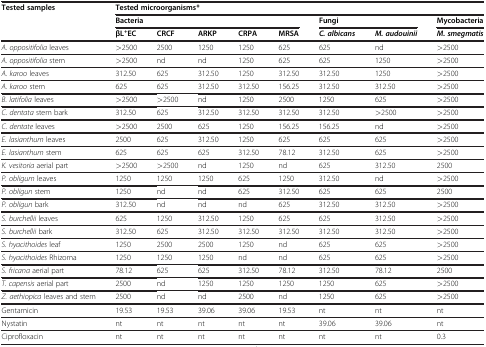
<table><thead><tr><td><b>Tested samples</b></td><td colspan="8"><b>Tested microorganisms*</b></td></tr><tr><td><b> </b></td><td colspan="5"><b>Bacteria</b></td><td colspan="2"><b>Fungi</b></td><td><b>Mycobacteria</b></td></tr><tr><td><b> </b></td><td><b>βL<sup>+</sup>EC</b></td><td><b>CRCF</b></td><td><b>ARKP</b></td><td><b>CRPA</b></td><td><b>MRSA</b></td><td><b><i>C. albicans</i></b></td><td><b><i>M. audouinii</i></b></td><td><b><i>M. smegmatis</i></b></td></tr></thead><tbody><tr><td><i>A. oppositifolia</i> leaves</td><td>&gt;2500</td><td>2500</td><td>1250</td><td>1250</td><td>625</td><td>625</td><td>nd</td><td>&gt;2500</td></tr><tr><td><i>A. oppositifolia</i> stem</td><td>&gt;2500</td><td>nd</td><td>nd</td><td>1250</td><td>625</td><td>625</td><td>1250</td><td>&gt;2500</td></tr><tr><td><i>A. karoo</i> leaves</td><td>312.50</td><td>625</td><td>312.50</td><td>1250</td><td>312.50</td><td>312.50</td><td>1250</td><td>&gt;2500</td></tr><tr><td><i>A. karoo</i> stem</td><td>625</td><td>625</td><td>312.50</td><td>312.50</td><td>156.25</td><td>312.50</td><td>312.50</td><td>&gt;2500</td></tr><tr><td><i>B. latifolia</i> leaves</td><td>&gt;2500</td><td>&gt;2500</td><td>nd</td><td>1250</td><td>2500</td><td>1250</td><td>625</td><td>&gt;2500</td></tr><tr><td><i>C. dentata</i> stem bark</td><td>312.50</td><td>625</td><td>312.50</td><td>312.50</td><td>312.50</td><td>312.50</td><td>&gt;2500</td><td>&gt;2500</td></tr><tr><td><i>C. dentate</i> leaves</td><td>&gt;2500</td><td>2500</td><td>625</td><td>1250</td><td>156.25</td><td>156.25</td><td>nd</td><td>&gt;2500</td></tr><tr><td><i>E. lasianthum</i> leaves</td><td>2500</td><td>625</td><td>312.50</td><td>1250</td><td>625</td><td>625</td><td>625</td><td>&gt;2500</td></tr><tr><td><i>E. lasianthum</i> stem</td><td>625</td><td>625</td><td>625</td><td>312.50</td><td>78.12</td><td>312.50</td><td>625</td><td>&gt;2500</td></tr><tr><td><i>K. vesitoria</i> aerial part</td><td>&gt;2500</td><td>&gt;2500</td><td>nd</td><td>1250</td><td>nd</td><td>625</td><td>312.50</td><td>2500</td></tr><tr><td><i>P. obligum</i> leaves</td><td>1250</td><td>1250</td><td>1250</td><td>625</td><td>1250</td><td>312.50</td><td>nd</td><td>&gt;2500</td></tr><tr><td><i>P. obligun</i> stem</td><td>1250</td><td>nd</td><td>nd</td><td>625</td><td>312.50</td><td>625</td><td>625</td><td>2500</td></tr><tr><td><i>P. obligun</i> bark</td><td>312.50</td><td>nd</td><td>nd</td><td>nd</td><td>625</td><td>312.50</td><td>312.50</td><td>&gt;2500</td></tr><tr><td><i>S. burchellii</i> leaves</td><td>625</td><td>1250</td><td>312.50</td><td>1250</td><td>625</td><td>625</td><td>312.50</td><td>&gt;2500</td></tr><tr><td><i>S. burchellii</i> bark</td><td>312.50</td><td>625</td><td>312.50</td><td>312.50</td><td>312.50</td><td>312.50</td><td>312.50</td><td>&gt;2500</td></tr><tr><td><i>S. hyacithoides</i> leaf</td><td>1250</td><td>2500</td><td>2500</td><td>1250</td><td>nd</td><td>625</td><td>625</td><td>&gt;2500</td></tr><tr><td><i>S. hyacithoides</i> Rhizoma</td><td>1250</td><td>1250</td><td>1250</td><td>nd</td><td>nd</td><td>625</td><td>625</td><td>&gt;2500</td></tr><tr><td><i>S. fricana</i> aerial part</td><td>78.12</td><td>625</td><td>625</td><td>312.50</td><td>78.12</td><td>312.50</td><td>78.12</td><td>2500</td></tr><tr><td><i>T. capensis</i> aerial part</td><td>2500</td><td>nd</td><td>1250</td><td>1250</td><td>1250</td><td>1250</td><td>625</td><td>&gt;2500</td></tr><tr><td><i>Z. aethiopica</i> leaves and stem</td><td>2500</td><td>nd</td><td>nd</td><td>2500</td><td>nd</td><td>1250</td><td>625</td><td>&gt;2500</td></tr><tr><td>Gentamicin</td><td>19.53</td><td>19.53</td><td>39.06</td><td>39.06</td><td>19.53</td><td>nt</td><td>nt</td><td>nt</td></tr><tr><td>Nystatin</td><td>nt</td><td>nt</td><td>nt</td><td>nt</td><td>nt</td><td>39.06</td><td>39.06</td><td>nt</td></tr><tr><td>Ciprofloxacin</td><td>nt</td><td>nt</td><td>nt</td><td>nt</td><td>nt</td><td>nt</td><td>nt</td><td>0.3</td></tr></tbody></table>